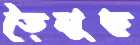
তৈমুছ